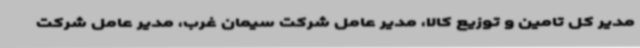
مدیر کل تامین و توزیع کالا، مدیر عامل شرکت سیمان غرب، مدیر عامل شرکت